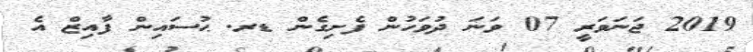
2019 ޖަނަވަރީ 07 ވަނަ ދުވަހުން ފެށިގެން ޑރ. ޙުސައިން ފާއިޒް އެ